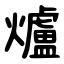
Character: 爐